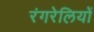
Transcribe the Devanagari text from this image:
रंगरेलियों